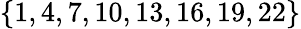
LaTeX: \{ 1,4,7,10,13,16,19,22\}